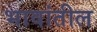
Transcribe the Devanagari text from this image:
भावांतील